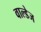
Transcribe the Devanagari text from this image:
वाल्डेज